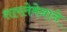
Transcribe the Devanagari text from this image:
शारलेमेनाने